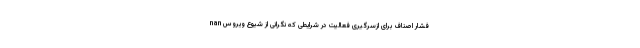
nan فشار اصناف برای ازسرگیری فعالیت در شرایطی که نگرانی از شیوع ویروس